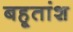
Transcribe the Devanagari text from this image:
बहूतांश